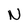
Character: N